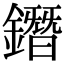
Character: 鐕